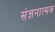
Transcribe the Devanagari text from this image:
संज्ञनात्मक